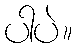
ပါပဲ။